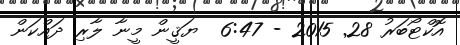
އޮކްޓޯބަރު 28